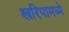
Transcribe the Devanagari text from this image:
खरिपामध्ये